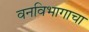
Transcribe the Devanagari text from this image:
वनविभागाचा